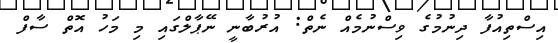
އިސްތިއުފާ ދިނުމުގެ ވިސްނުމެއް ނެތް: އުރުބާނީ ނޭޕާލްގައި މި މަހު އޮތް ސާފް